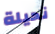
نحيلة